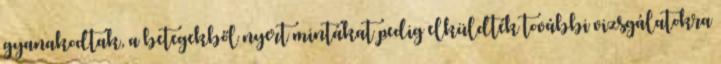
gyanakodtak, a betegekből nyert mintákat pedig elküldték további vizsgálatokra